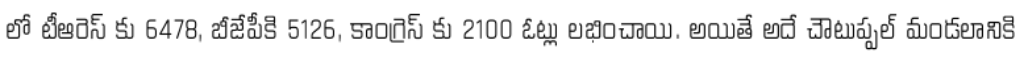
లో టీఆరెస్ కు 6478, బీజేపీకి 5126, కాంగ్రెస్ కు 2100 ఓట్లు లభించాయి. అయితే అదే చౌటుప్పల్ మండలానికి